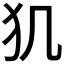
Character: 𤜝